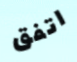
اتفق